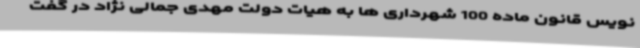
نویس قانون ماده 100 شهرداری ها به هیات دولت مهدی جمالی نژاد در گفت